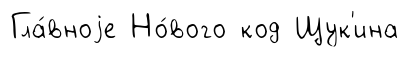
Гла́вноjе Но́вого код Щук'ина